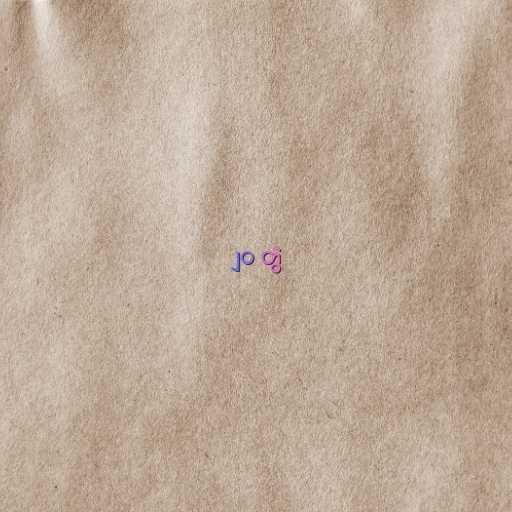
၂၀ တွဲ